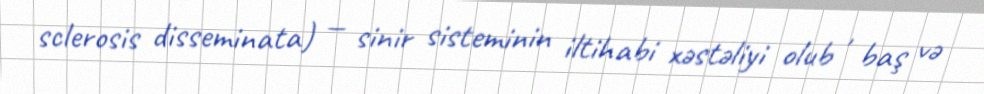
sclerosis disseminata) — sinir sisteminin iltihabi xəstəliyi olub , baş və